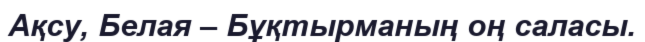
Ақсу, Белая – Бұқтырманың оң саласы.